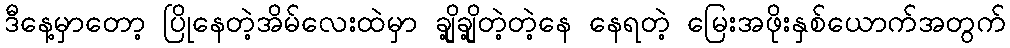
ဒီနေ့မှာတော့ ပြိုနေတဲ့အိမ်လေးထဲမှာ ချို့ချို့တဲ့တဲ့နေ နေရတဲ့ မြေးအဖိုးနှစ်ယောက်အတွက်